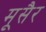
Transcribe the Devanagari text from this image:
मूसैर